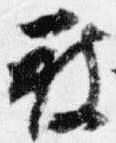
被